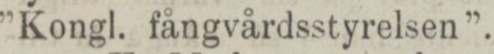
”Kongl. fångvårdsstyrelsen”.